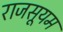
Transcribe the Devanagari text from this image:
राजसूयम